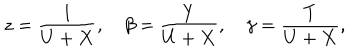
z = \frac { 1 } { U + X } , \beta = \frac { Y } { U + X } , \gamma = \frac { T } { U + X } ,